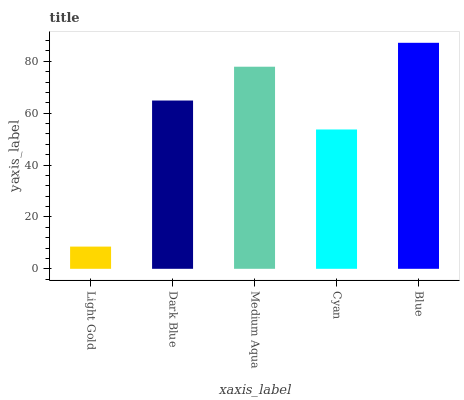
| xaxis_label | bars |
 | --- | --- |
 | Light Gold | 8.57 |
 | Dark Blue | 64.9 |
 | Medium Aqua | 77.9 |
 | Cyan | 53.7 |
 | Blue | 87.1 |